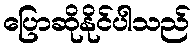
ပြောဆိုနိုင်ပါသည်